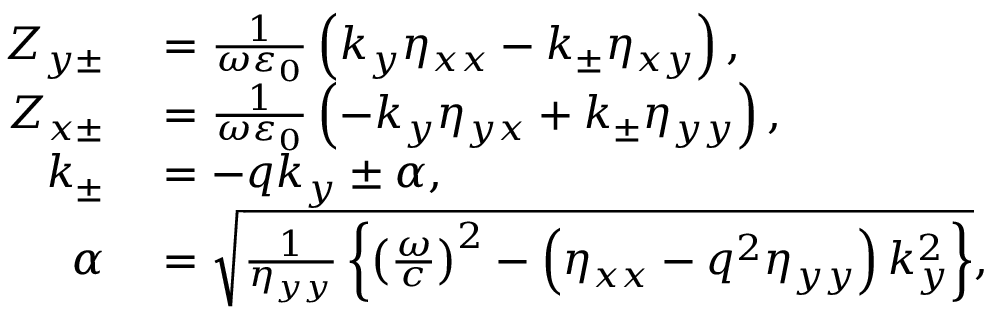
\begin{array} { r l } { Z _ { y \pm } } & { { } = \frac { 1 } { \omega \varepsilon _ { 0 } } \left( k _ { y } \eta _ { x x } - k _ { \pm } \eta _ { x y } \right) , } \\ { Z _ { x \pm } } & { { } = \frac { 1 } { \omega \varepsilon _ { 0 } } \left( - k _ { y } \eta _ { y x } + k _ { \pm } \eta _ { y y } \right) , } \\ { k _ { \pm } } & { { } = - q k _ { y } \pm \alpha , } \\ { \alpha } & { { } = \sqrt { \frac { 1 } { \eta _ { y y } } \left\{ \left( \frac { \omega } { c } \right) ^ { 2 } - \left( \eta _ { x x } - q ^ { 2 } \eta _ { y y } \right) k _ { y } ^ { 2 } \right\} } , } \end{array}